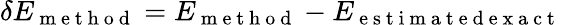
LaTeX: \delta E_{\mathrm{~m~e~t~h~o~d~}}=E_{\mathrm{~m~e~t~h~o~d~}}-E_{\mathrm{~e~s~t~i~m~a~t~e~d~e~x~a~c~t~}}